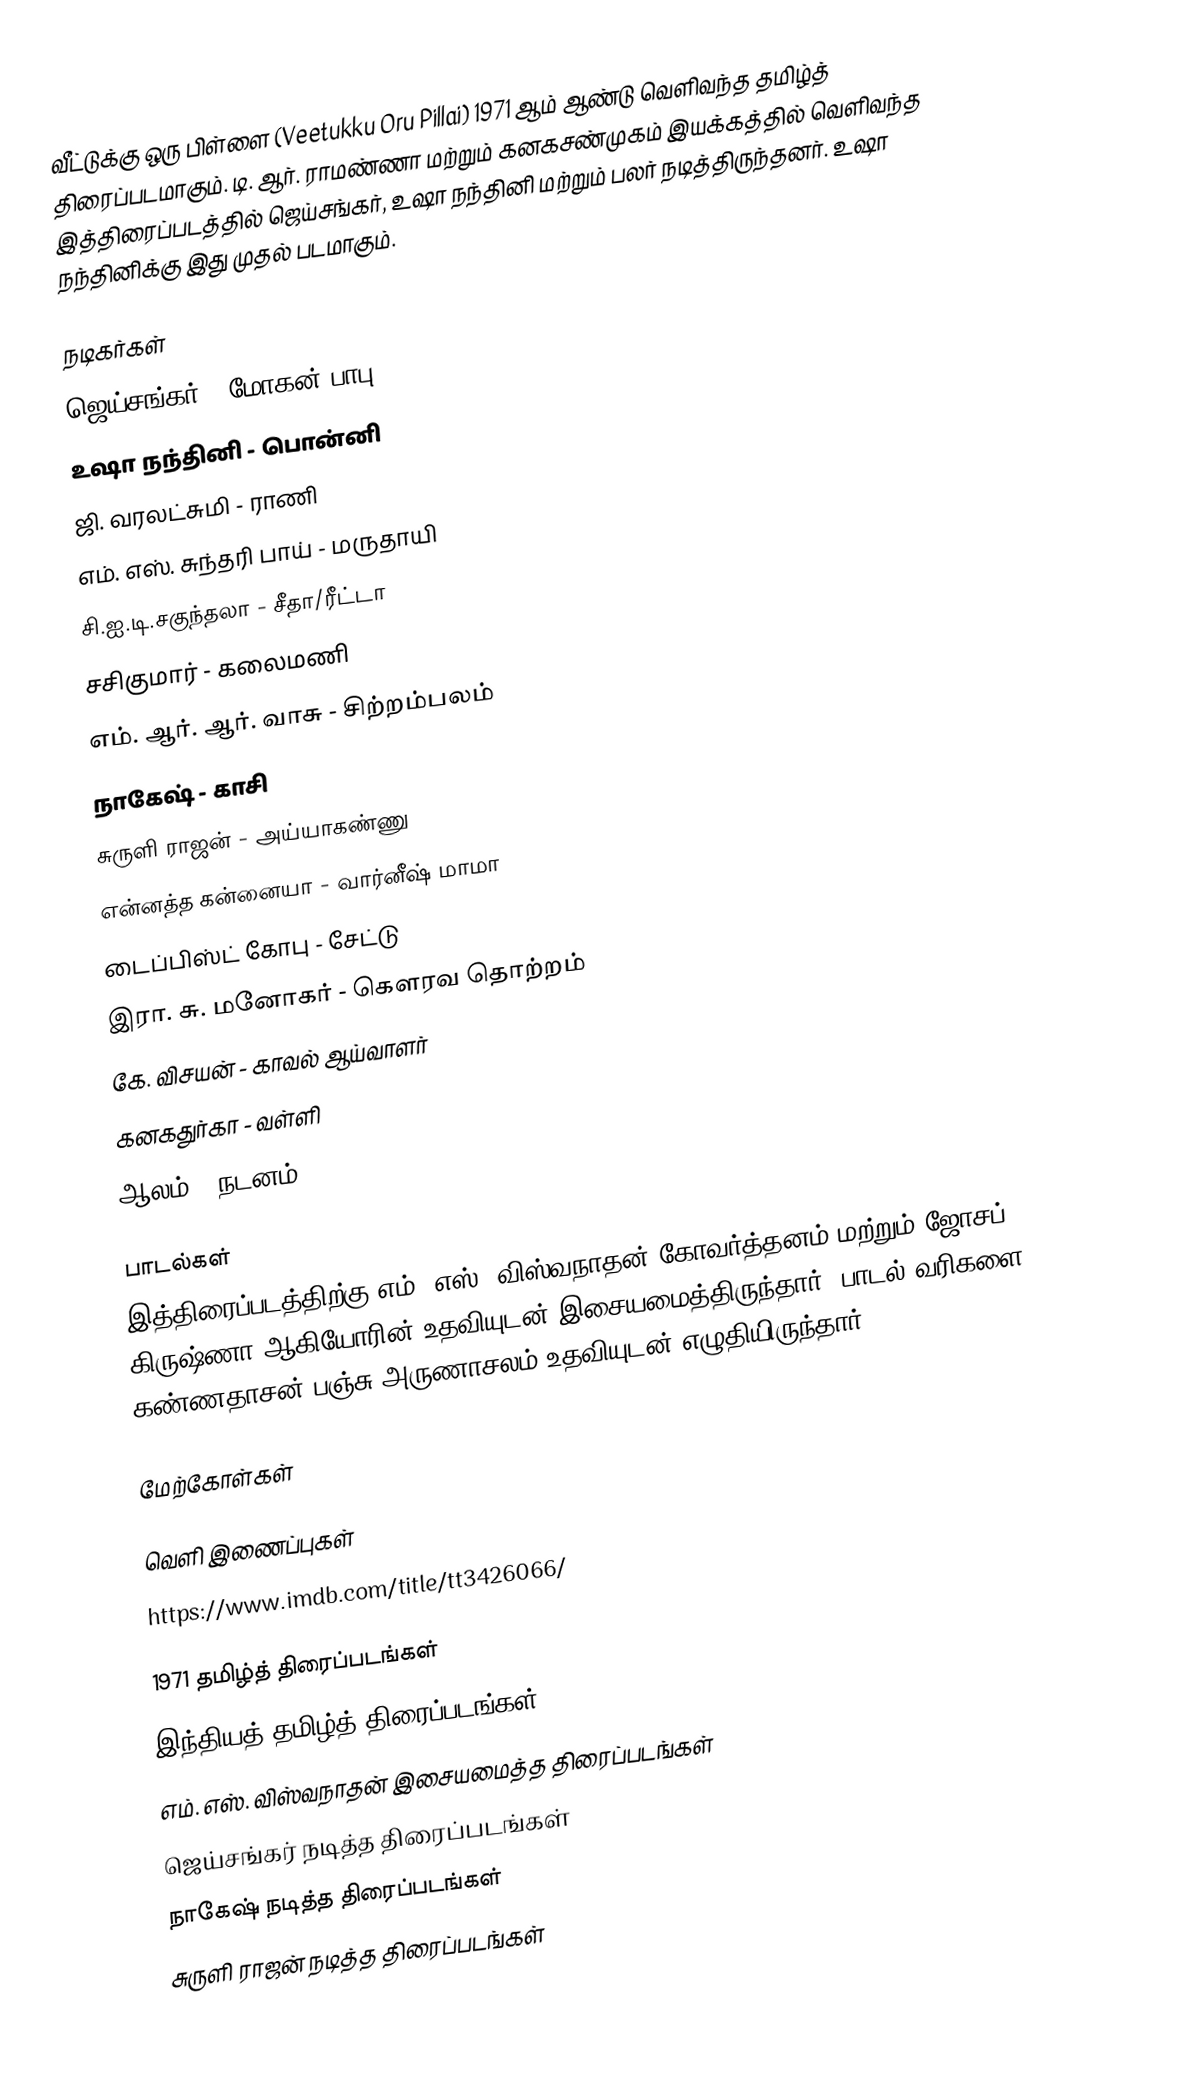
வீட்டுக்கு ஒரு பிள்ளை (Veetukku Oru Pillai) 1971 ஆம் ஆண்டு வெளிவந்த தமிழ்த் திரைப்படமாகும். டி. ஆர். ராமண்ணா மற்றும் கனகசண்முகம் இயக்கத்தில் வெளிவந்த இத்திரைப்படத்தில் ஜெய்சங்கர், உஷா நந்தினி மற்றும் பலர் நடித்திருந்தனர். உஷா நந்தினிக்கு இது முதல் படமாகும்.

நடிகர்கள்
 ஜெய்சங்கர் - மோகன்/பாபு
 உஷா நந்தினி - பொன்னி
 ஜி. வரலட்சுமி - ராணி
 எம். எஸ். சுந்தரி பாய் - மருதாயி
 சி.ஐ.டி.சகுந்தலா - சீதா/ரீட்டா
 சசிகுமார் - கலைமணி
 எம். ஆர். ஆர். வாசு - சிற்றம்பலம்
 நாகேஷ் - காசி
 சுருளி ராஜன் - அய்யாகண்ணு
 என்னத்த கன்னையா - வார்னீஷ் மாமா
டைப்பிஸ்ட் கோபு - சேட்டு
 இரா. சு. மனோகர் - கௌரவ தொற்றம்
 கே. விசயன் - காவல் ஆய்வாளர்
 கனகதுர்கா - வள்ளி
 ஆலம் - நடனம்

பாடல்கள்
இத்திரைப்படத்திற்கு எம். எஸ். விஸ்வநாதன் கோவர்த்தனம் மற்றும் ஜோசப் கிருஷ்ணா ஆகியோரின் உதவியுடன் இசையமைத்திருந்தார். பாடல் வரிகளை கண்ணதாசன் பஞ்சு அருணாசலம் உதவியுடன் எழுதியிருந்தார்.

மேற்கோள்கள்

வெளி இணைப்புகள்
https://www.imdb.com/title/tt3426066/

1971 தமிழ்த் திரைப்படங்கள்
இந்தியத் தமிழ்த் திரைப்படங்கள்
எம். எஸ். விஸ்வநாதன் இசையமைத்த திரைப்படங்கள்
ஜெய்சங்கர் நடித்த திரைப்படங்கள்
நாகேஷ் நடித்த திரைப்படங்கள்
சுருளி ராஜன் நடித்த திரைப்படங்கள்